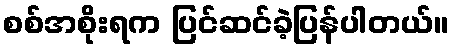
စစ်အစိုးရက ပြင်ဆင်ခဲ့ပြန်ပါတယ်။